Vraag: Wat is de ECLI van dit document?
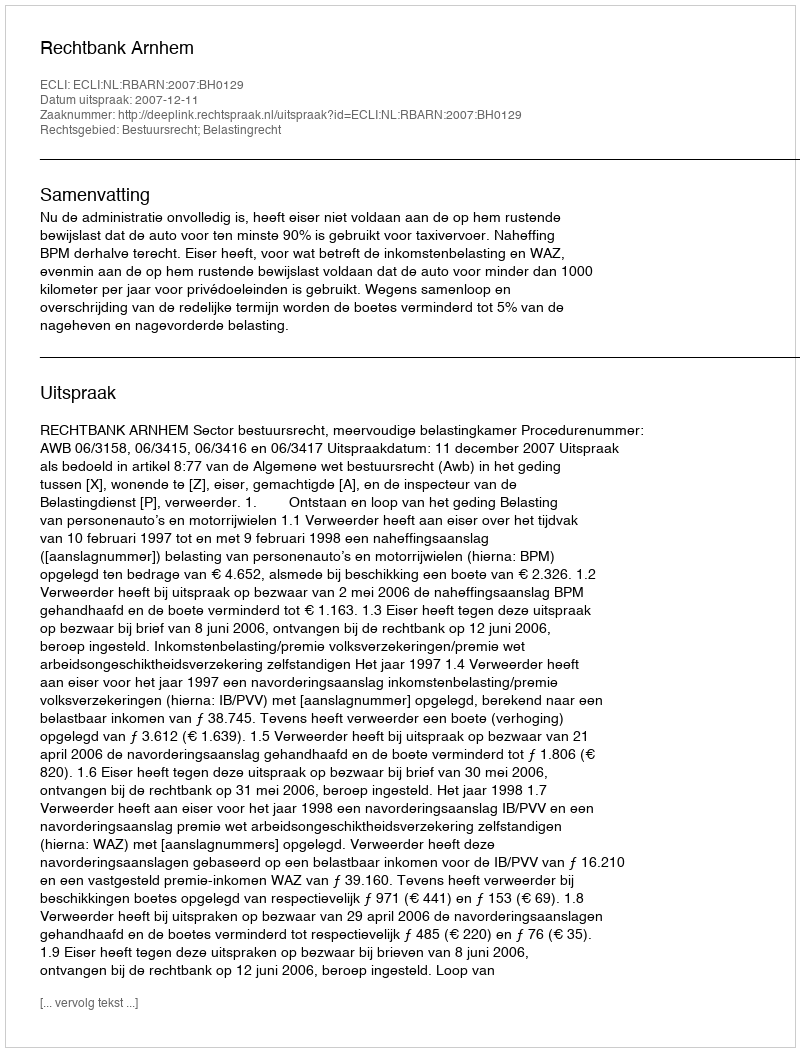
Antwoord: ECLI:NL:RBARN:2007:BH0129